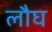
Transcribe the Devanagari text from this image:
लौघ